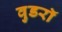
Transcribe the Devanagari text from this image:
वुडरॉ